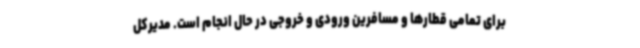
برای تمامی قطارها و مسافرین ورودی و خروجی در حال انجام است. مدیرکل